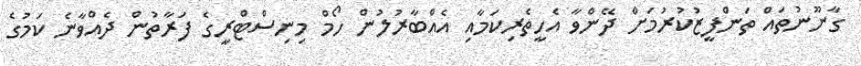
ގާނޫނުތައް ތަންފީޒުކުރުމަށް ދޭންވާ އެހީތެރިކަމާއި އެއްބާރުލުން ހޯމް މިނިސްޓްރީގެ ފަރާތުން ދެއްވާނެ ކަމުގެ